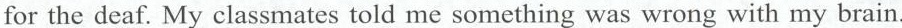
for the deaf. My classmates told me something was wrong with my brain